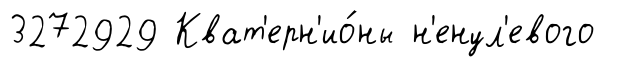
3272929 Кват'ерн'ио́ны н'енул'евого